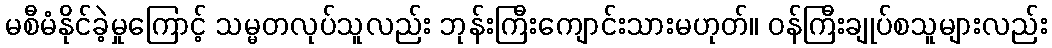
မစီမံနိုင်ခဲ့မှုကြောင့် သမ္မတလုပ်သူလည်း ဘုန်းကြီးကျောင်းသားမဟုတ်။ ဝန်ကြီးချုပ်စသူများလည်း